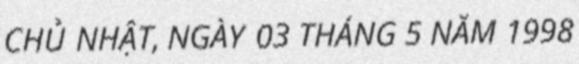
CHỦ NHẬT, NGÀY 03 THÁNG 5 NĂM 1998